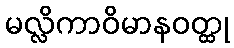
မလ္လိကာဝိမာနဝတ္ထု